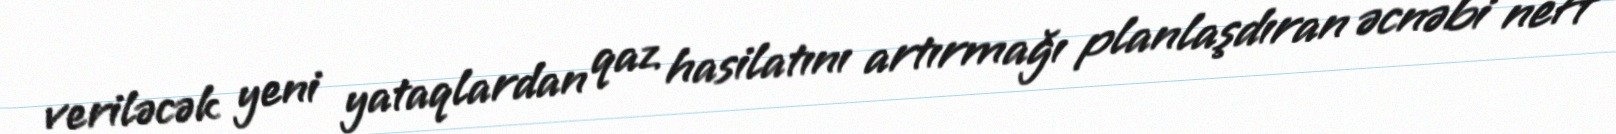
veriləcək yeni yataqlardan qaz hasilatını artırmağı planlaşdıran əcnəbi neft